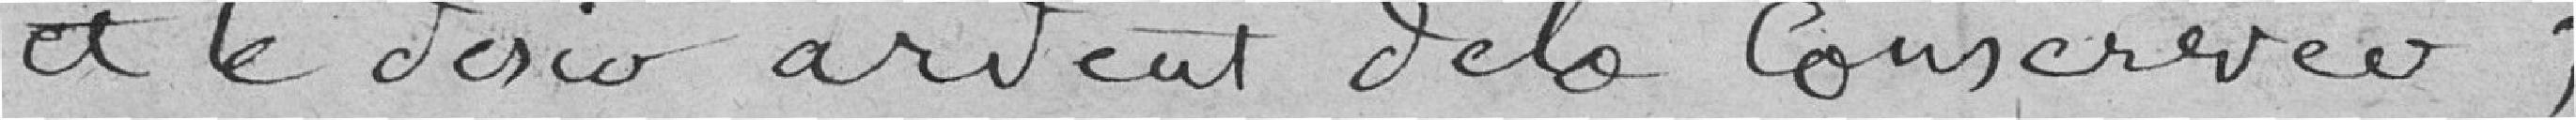
et le désir ardent de la conserver,